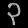
Digit: ၃